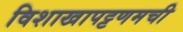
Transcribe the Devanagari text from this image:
विशाखापट्टणमची